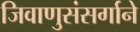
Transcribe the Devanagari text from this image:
जिवाणुसंसर्गाने